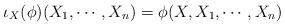
LaTeX: \begin{align*} \iota_X(\phi)(X_1,\cdots,X_n)= \phi(X,X_1,\cdots,X_n)\end{align*}